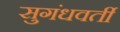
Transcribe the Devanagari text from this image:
सुगंधवर्ती